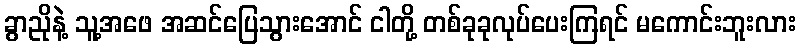
ခွာညိုနဲ့ သူ့အဖေ အဆင်ပြေသွားအောင် ငါတို့ တစ်ခုခုလုပ်ပေးကြရင် မကောင်းဘူးလား